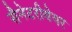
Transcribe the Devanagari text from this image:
सैनेटरीवेयर